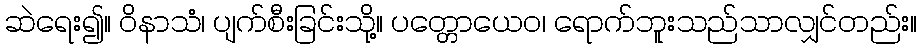
ဆဲရေး၍။ ဝိနာသံ၊ ပျက်စီးခြင်းသို့။ ပတ္တောယေဝ၊ ရောက်ဘူးသည်သာလျှင်တည်း။